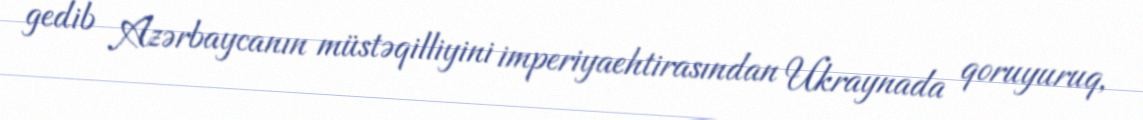
gedib Azərbaycanın müstəqilliyini imperiyaehtirasından Ukraynada qoruyuruq,